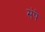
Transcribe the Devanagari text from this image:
संपे